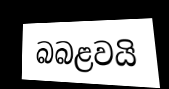
බබළවයි